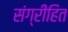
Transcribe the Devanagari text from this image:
संग्रीहित